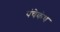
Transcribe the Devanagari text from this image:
पंचेकंथ